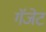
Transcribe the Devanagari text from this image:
गॅजेट